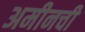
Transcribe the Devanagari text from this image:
अमीनची